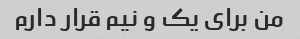
من برای یک و نیم قرار دارم